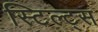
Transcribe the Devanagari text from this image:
स्टिल्ट्स